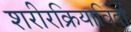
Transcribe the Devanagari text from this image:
शरीरक्रियाविदों